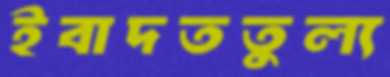
ইবাদততুল্য